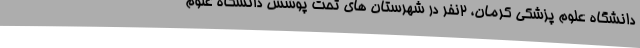
دانشگاه علوم پزشکی کرمان، 2نفر در شهرستان های تحت پوشش دانشگاه علوم